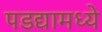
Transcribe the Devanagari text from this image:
पडद्यामध्ये